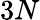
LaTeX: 3N